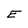
Character: E